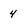
Character: 4